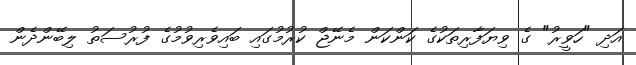
އަދި "ހަވީރު" ގެ ވިޔަފާރިތަކުގެ ކަންކަން މެނޭޖް ކުރުމުގައި ބައިވެރިވުމުގެ ފުރުސަތު ލިބޭންދެން